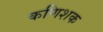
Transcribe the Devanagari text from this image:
कणिशक